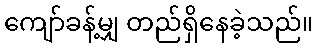
ကျော်ခန့်မျှ တည်ရှိနေခဲ့သည်။